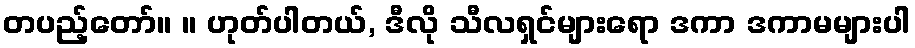
တပည့်တော်။ ။ ဟုတ်ပါတယ်, ဒီလို သီလရှင်များရော ဒကာ ဒကာမများပါ